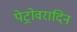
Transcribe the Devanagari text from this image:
पेट्रोवरादिन